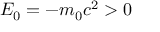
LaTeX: E _ { 0 } = - m _ { 0 } c ^ { 2 } > 0